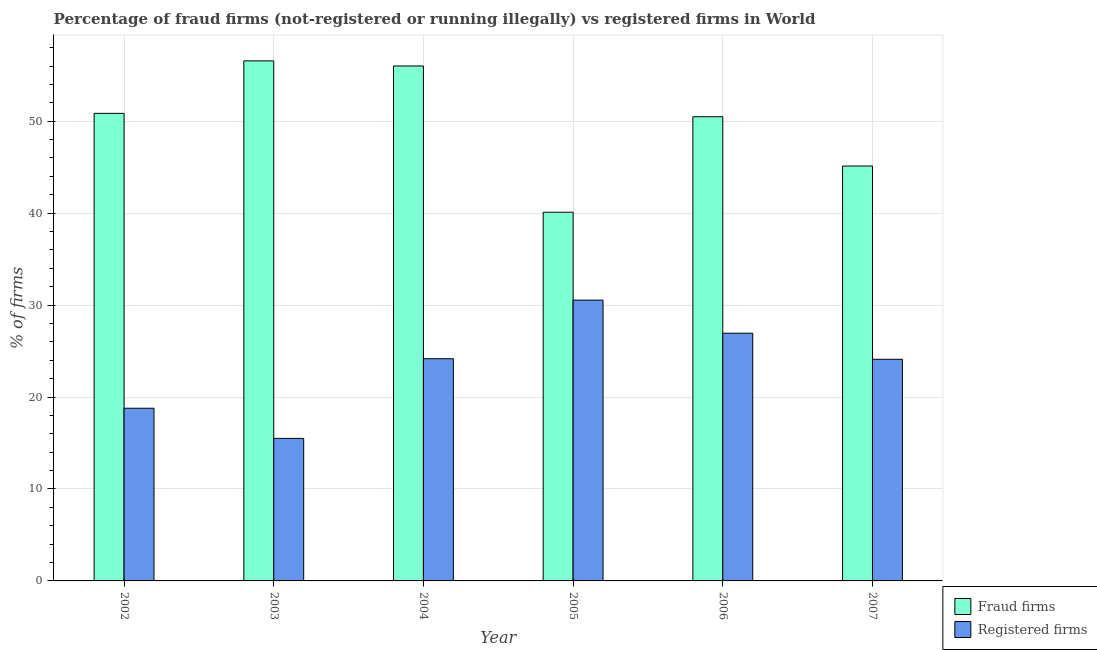
| Year | Fraud firms | Registered firms |
 | --- | --- | --- |
 | 2002 | 50.9 | 18.8 |
 | 2003 | 56.6 | 15.5 |
 | 2004 | 56 | 24.2 |
 | 2005 | 40.1 | 30.5 |
 | 2006 | 50.5 | 26.9 |
 | 2007 | 45.1 | 24.1 |